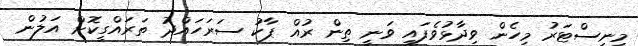
މިނިސްޓަރު މިހެން ވިދާޅުވެފައި ވަނީ ތިން ރުއް ޕާކު ސަރަހައްދު ތަރައްގީކޮށް އަލުން